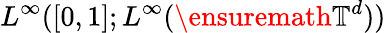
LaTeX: L^{\infty}([0,1];L^{\infty}(\ensuremath{\mathbb{T}}^{d}))